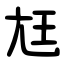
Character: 尪